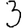
Digit: 3